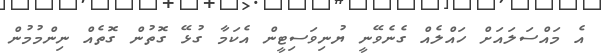
އެ މައްސަލައަށް ހައްލެއް ގެނެވޭނީ ޔުނިވަސިޓީން އެކަމާ ގުޅޭ ގޮތުން ގޮތެއް ނިންމުމުން